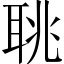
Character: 聎